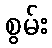
စွမ်း